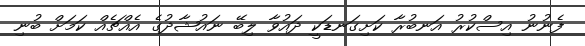
ފެނުނު އިސްކުރު އަނބުރާ ކަށިގަނޑަކީ ދައުވާ ލިބޭ ނައުޝާދުގެ އެއްޗެއް ކަމަށް ބުނި